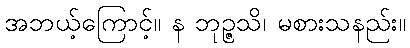
အဘယ့်ကြောင့်။ န ဘုဉ္ဇသိ၊ မစားသနည်း။